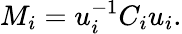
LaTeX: M_{i}=u_{i}^{-1}C_{i}u_{i}.